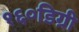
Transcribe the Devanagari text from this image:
१६०डिग्री